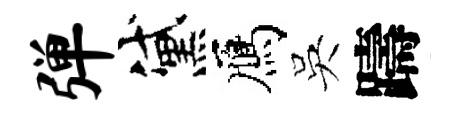
弹黛鴈吳躊